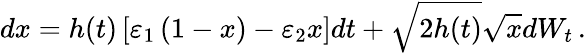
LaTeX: dx=h(t)\left[\varepsilon_{1}\left(1-x\right)-\varepsilon_{2}x\right]dt+\sqrt{2h(t)}\sqrt{x}dW_{t}\, .